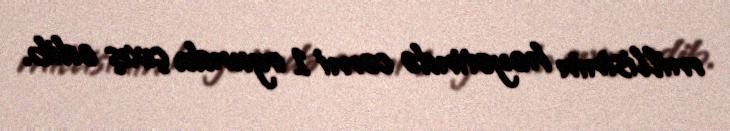
millisinin heyətində cəmi 1 oyunda çıxış edib.